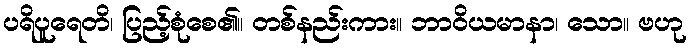
ပရိပူရေတိ၊ ပြည့်စုံစေ၏။ တစ်နည်းကား။ ဘာဝိယမာနာ၊ သော။ ဗဟု